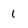
Character: 1